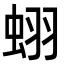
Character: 蛡